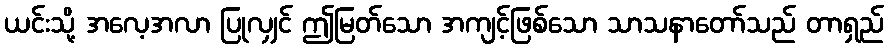
ယင်းသို့ အလေ့အလာ ပြုလျှင် ဤမြတ်သော အကျင့်ဖြစ်သော သာသနာတော်သည် တာရှည်